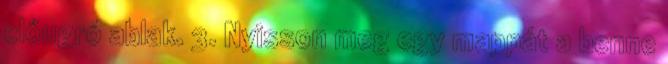
előugró ablak. 3. Nyisson meg egy mappát a benne